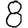
Digit: 8